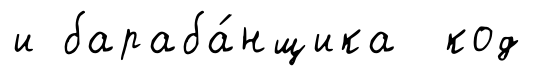
и бараба́нщика код